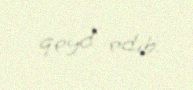
qeyd edib.